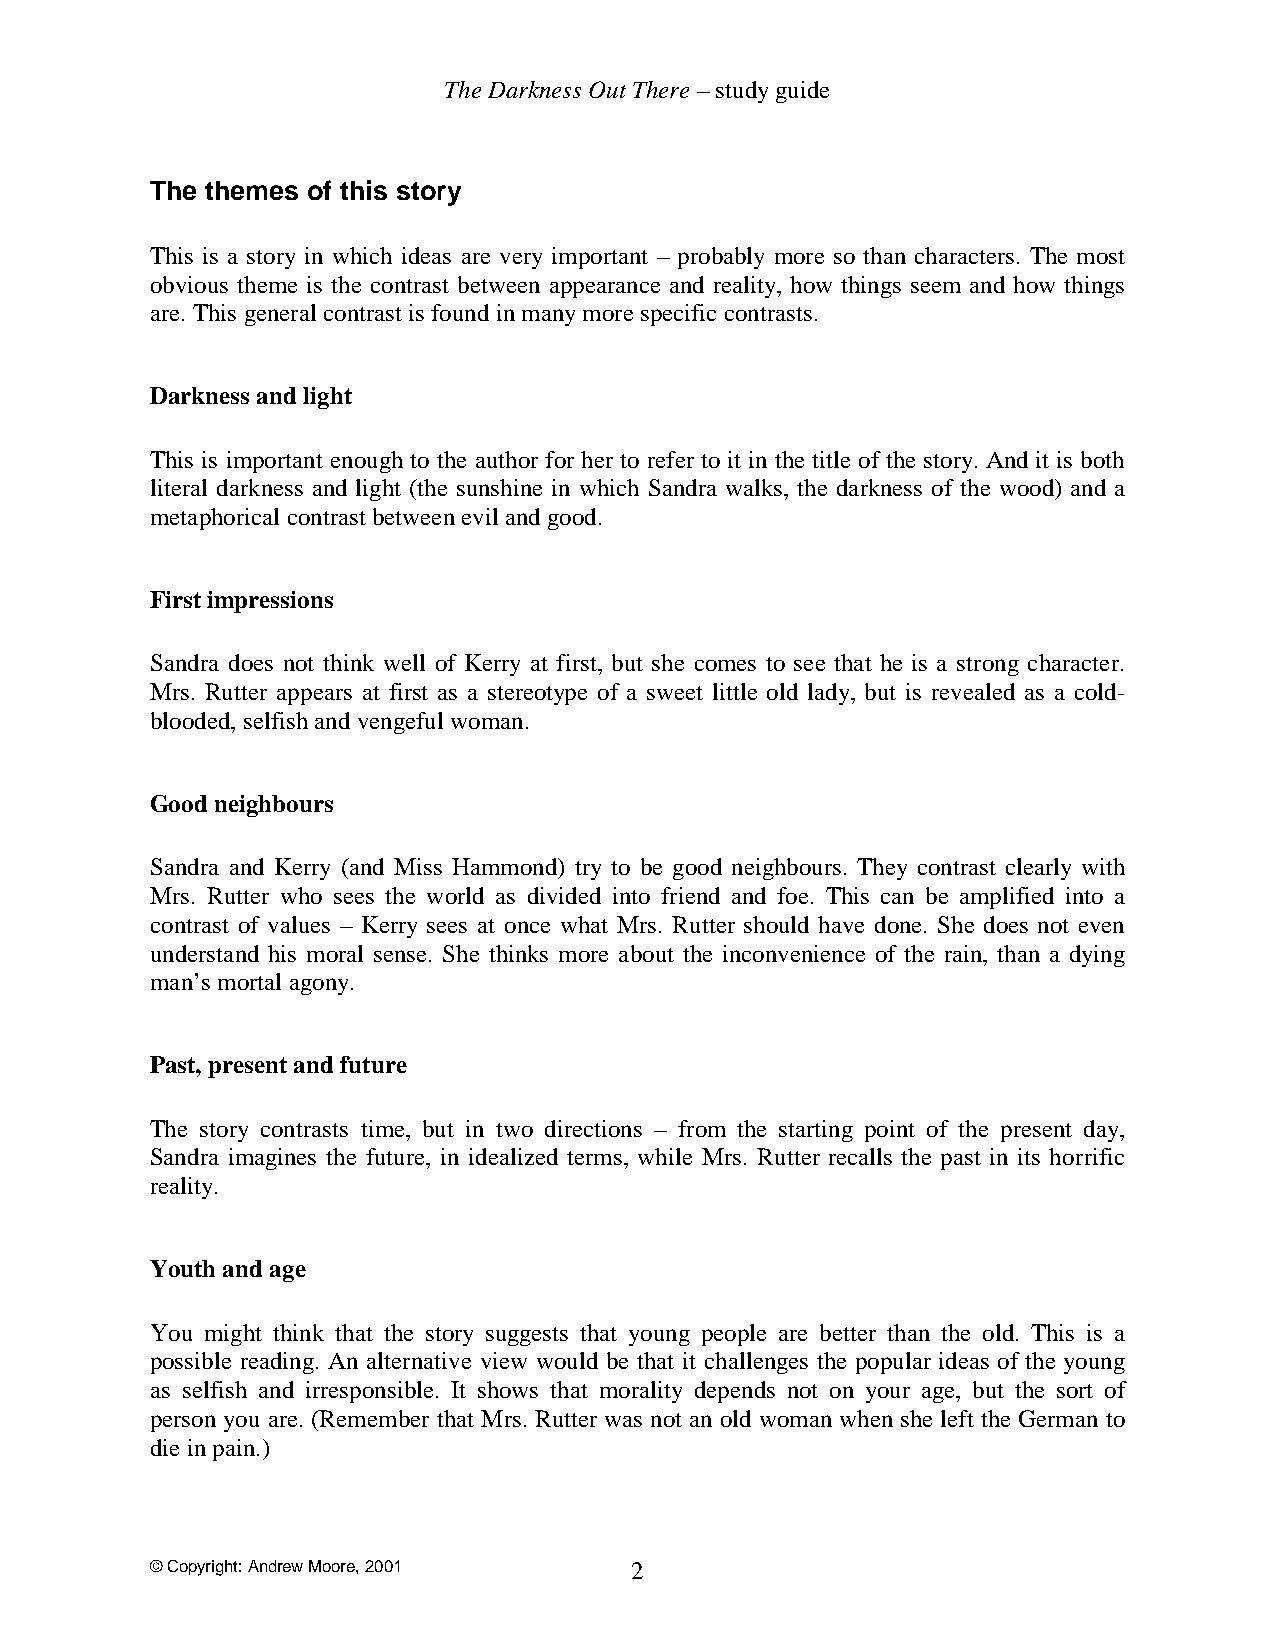
The Darkness Out There – study guide
 The themes of this story
 This is a story in which ideas are very important – probably more so than characters. The most
 obvious theme is the contrast between appearance and reality, how things seem and how things
 are. This general contrast is found in many more specific contrasts.
 Darkness and light
 This is important enough to the author for her to refer to it in the title of the story. And it is both
 literal darkness and light (the sunshine in which Sandra walks, the darkness of the wood) and a
 metaphorical contrast between evil and good.
 First impressions
 Sandra does not think well of Kerry at first, but she comes to see that he is a strong character.
 Mrs. Rutter appears at first as a stereotype of a sweet little old lady, but is revealed as a cold-
 blooded, selfish and vengeful woman.
 Good neighbours
 Sandra and Kerry (and Miss Hammond) try to be good neighbours. They contrast clearly with
 Mrs. Rutter who sees the world as divided into friend and foe. This can be amplified into a
 contrast of values – Kerry sees at once what Mrs. Rutter should have done. She does not even
 understand his moral sense. She thinks more about the inconvenience of the rain, than a dying
 man’s mortal agony.
 Past, present and future
 The story contrasts time, but in two directions – from the starting point of the present day,
 Sandra imagines the future, in idealized terms, while Mrs. Rutter recalls the past in its horrific
 reality.
 Youth and age
 You might think that the story suggests that young people are better than the old. This is a
 possible reading. An alternative view would be that it challenges the popular ideas of the young
 as selfish and irresponsible. It shows that morality depends not on your age, but the sort of
 person you are. (Remember that Mrs. Rutter was not an old woman when she left the German to
 die in pain.)
 © Copyright: Andrew Moore, 2001 2